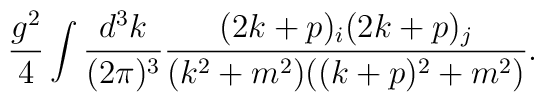
\frac{g^2}{4}\int \frac{d^3k}{(2\pi)^3}\frac{(2k+p)_i(2k+p)_j}{(k^2+m^2)((k+p)^2+m^2)}.